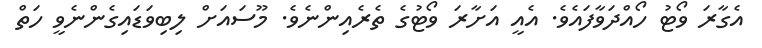
އެގާރަ ވޯޓު ހޯއްދަވާފައެވެ. އެއީ އަށާރަ ވޯޓުގެ ތެރެއިންނެވެ. މޫސައަށް ލިބިވަޑައިގެންނެވީ ހަތް